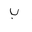
Letter: _ba